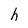
Character: h